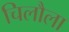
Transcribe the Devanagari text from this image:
चिलौला